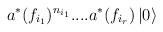
\begin{align*}a^{*}(f_{i_{1}})^{n_{i_{1}}}....a^{*}(f_{i_{r}})\left| 0\right\rangle\end{align*}